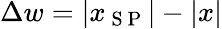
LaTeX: \Delta w=|x_{\mathrm{~S~P~}}|-|x|